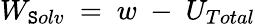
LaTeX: W_{\mathtt{S}olv}~=~w~-~U_{Total}